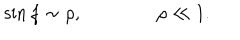
\sin f \sim \rho , \qquad \qquad \rho \ll 1 .